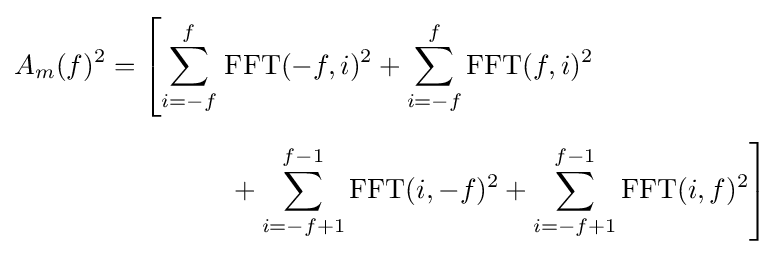
{\begin{aligned}A_{m}(f)^{2}=\left[\sum _{i=-f}^{f}\right.&\operatorname {FFT} (-f,i)^{2}+\sum _{i=-f}^{f}\operatorname {FFT} (f,i)^{2}\\[5pt]&\left.{}+\sum _{i=-f+1}^{f-1}\operatorname {FFT} (i,-f)^{2}+\sum _{i=-f+1}^{f-1}\operatorname {FFT} (i,f)^{2}\right]\end{aligned}}